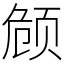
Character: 𬱟